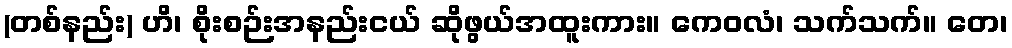
(တစ်နည်း) ဟိ၊ စိုးစဉ်းအနည်းငယ် ဆိုဖွယ်အထူးကား။ ကေဝလံ၊ သက်သက်။ တေ၊